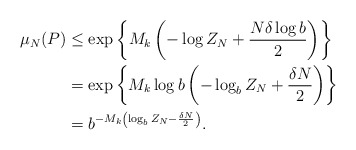
\begin{align*} \mu_N(P) & \leq \exp \left\{M_k \left(- \log Z_N + \frac{N \delta \log b}{2}\right)\right\} \\ & = \exp\left\{M_k \log b \left(-\log_b Z_N + \frac{\delta N}{2}\right)\right\} \\ & = b^{-M_k \left(\log_b Z_N - \frac{\delta N}{2}\right)}.\end{align*}